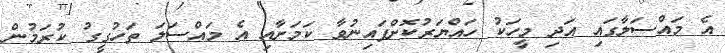
އެ މައްސަލާގައި އަދި މީހަކު ހައްޔަރުކޮށްފައިނުވާ ކަމަށާއި އެ މައްސަލަ ތަހުގީގު ކުރަމުން